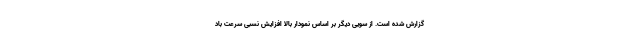
گزارش شده است. از سویی دیگر بر اساس نمودار بالا افزایش نسبی سرعت باد